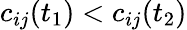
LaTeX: c_{ij}(t_{1})<c_{ij}(t_{2})